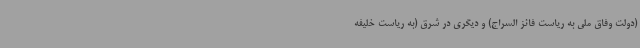
(دولت وفاق ملی به ریاست فائز السراج) و دیگری در شرق (به ریاست خلیفه